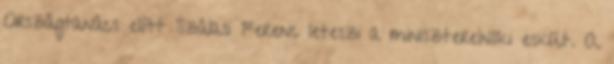
Országtanács elõtt Szálasi Ferenc leteszi a miniszterelnöki esküt. A